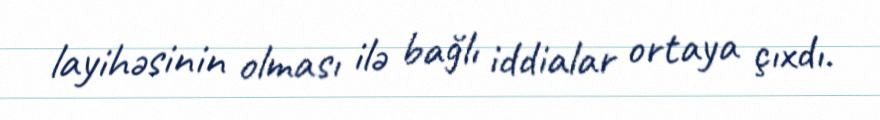
layihəsinin olması ilə bağlı iddialar ortaya çıxdı.